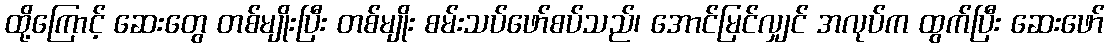
ထို့ကြောင့် ဆေးတွေ တစ်မျိုးပြီး တစ်မျိုး စမ်းသပ်ဖော်စပ်သည်၊ အောင်မြင်လျှင် အလုပ်က ထွက်ပြီး ဆေးဖော်